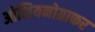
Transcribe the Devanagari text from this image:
ओशियनोग्राफर